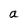
Character: a